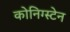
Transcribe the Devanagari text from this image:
कोनिग्स्टेन